Madras plague regulations in force outside the Presidency town - Volume 1
Disease focus: Plague
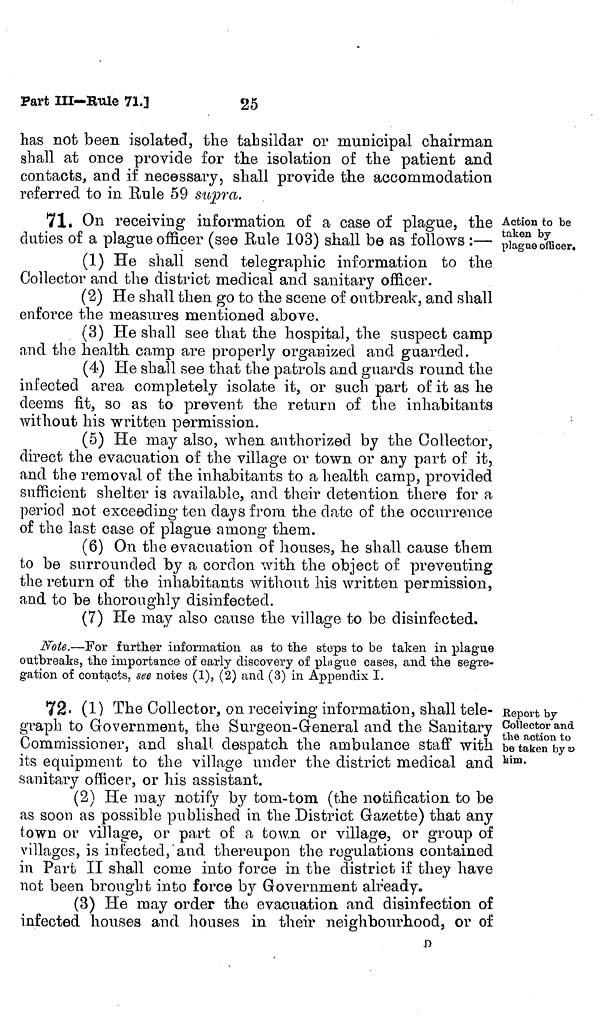
25
Part Ill-Rule 71.]
has not been isolated, the tahsildar or municipal chairman
shall at once provide for the isolation of the patient and
contacts, and if necessary, shall provide the accommodation
referred to in Rule 59 supra.
Action to be
taken by
plag ne officer.
71. On receiving information of a case of plague, the
duties of a plague officer (see Eule 103) shall be as follows :—
(1) He shall send telegraphic information to the
Collector and the district medical and sanitary officer.
(2) He shall then go to the scene of outbreak, and shall
enforce the measures mentioned above.
(3) He shall see that the hospital, the suspect camp
and the health camp are properly organized and guarded.
(4) He shall see that the patrols and guards round the
infected area completely isolate it, or such part of it as he
deems fit, so as to prevent the return of the inhabitants
without his written permission.
(5) He may also, when authorized by the Collector,
direct the evacuation of the village or town or any part of it,
and the removal of the inhabitants to a health camp, provided
sufficient shelter is available, and their detention there for a
period not exceeding ten days from the date of the occurrence
of the last case of plague among them.
(6) On the evacuation of houses, he shall cause them
to be surrounded by a cordon with the object of preventing
the return of the inhabitants without his written permission,
and to be thoroughly disinfected.
(7) He may also cause the village to be disinfected.
Note.—For further information as to the steps to be taken in plague
outbreaks, the importance of early discovery of plague cases, and the segre-
gation of contacts, see notes (1), (2) and (3) in Appendix I.
Report by
Collector and
the action to
be taken by a
him.
72- (1) The Collector, on receiving information, shall tele-
graph to Government, the Surgeon-General and the Sanitary
Commissioner, and shall despatch the ambulance staff with
its equipment to the village under the district medical and
sanitary officer, or his assistant.
(2) He may notify by tom-tom (the notification to be
as soon as possible published in the District Gazette) that any
town or village, or part of a town or village, or group of
villages, is infected, and thereupon the regulations contained
in Part II shall come into force in the district if they have
not been brought into force by Government already.
(3) He may order the evacuation and disinfection of
infected houses and houses in their neighbourhood, or of
n